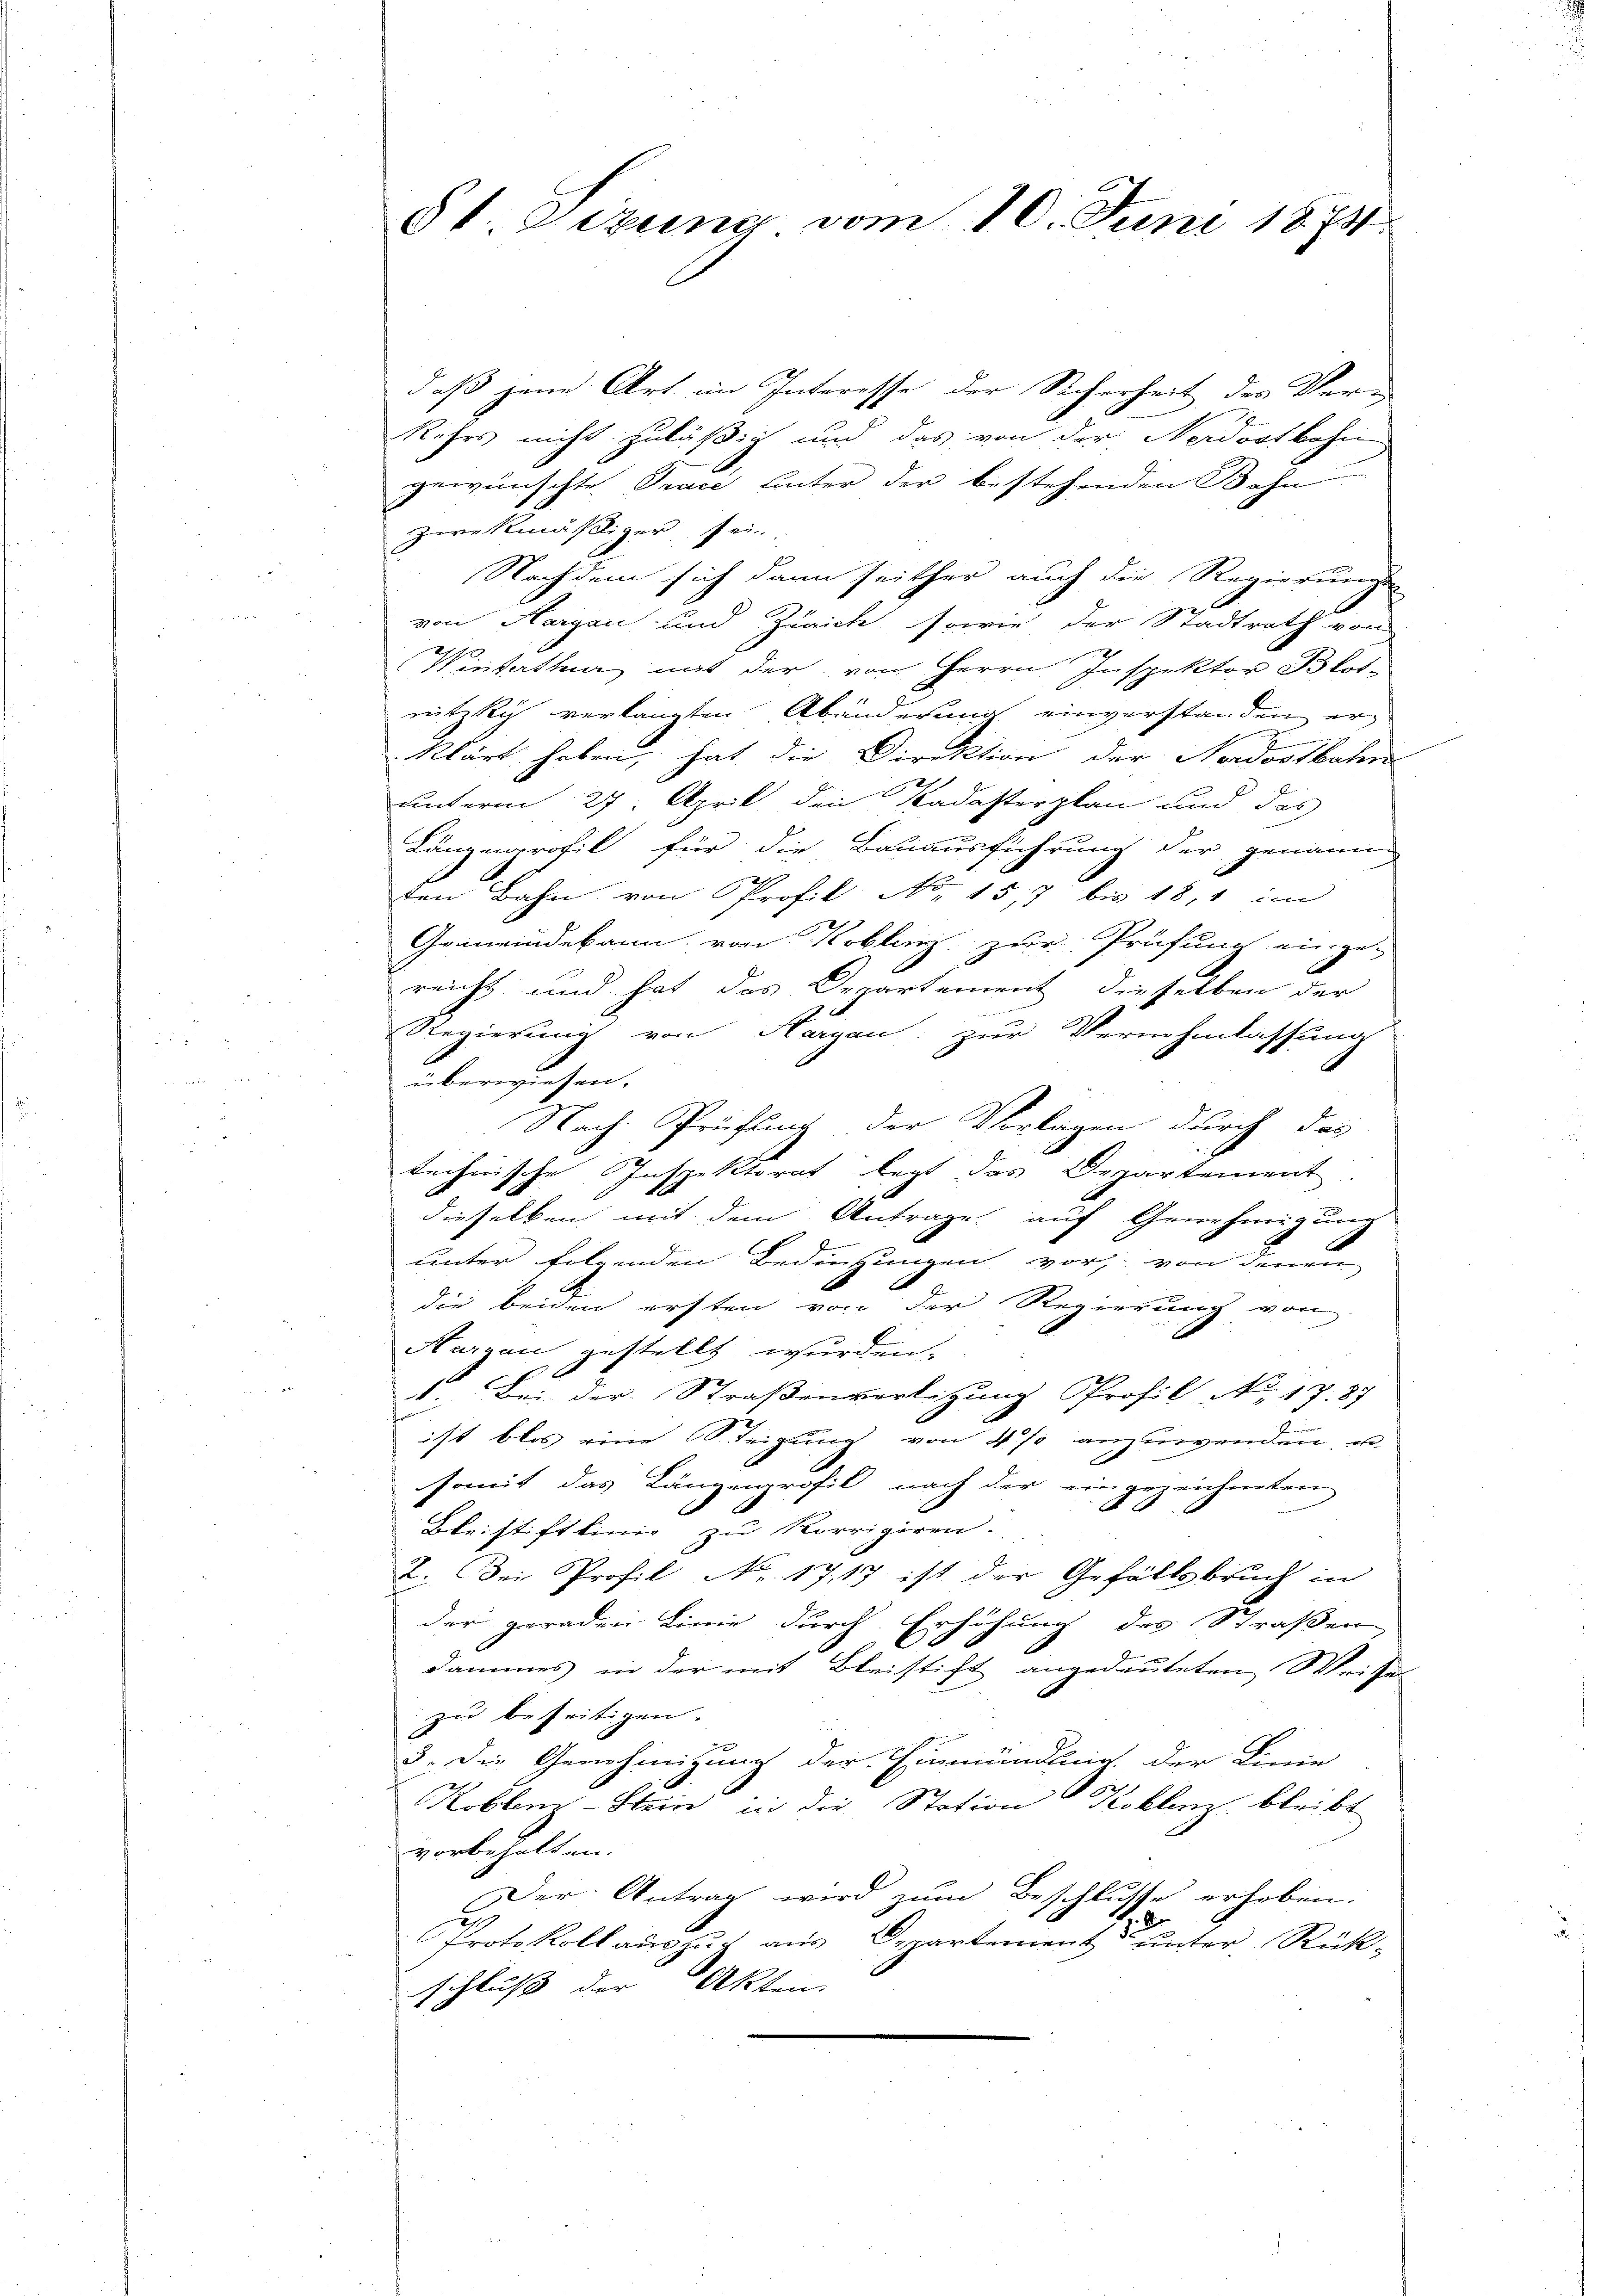
daß jene Art im Interesse der Sicherheit des Ver-
Rehrs nicht zuläßig und das von der Nordostbahn
gewünschte Trace hinter der bestehenden Bohn
zwekmäßiger sei.
Nachdem sich dann seither auch die Regierungs
von Hargau und Zürich, sowie der Stadtrath von
Wintetha mit der von Herrn Inspektor Blot-
nitzki verlangten Abänderung einverstanden erklärt haben, hat die Direktion der Nordostbahn
unterm 27. April den Kadasterplan und das
Länzenprofil für die Bauausführung der genann-
den Bahn von Profil No. 1517 bis 18, 1 im
Gemeindekann von Koblenz zur Prüfung eingereicht und hat das Departement dieselben der
Regierung von Hergau: zur Vernehmlassung
überwiesen.
Nach Prüffung der Vorlagen durch das
technische Inspektorat legt das Departement.
dieselben mit dem Antrage auf Genehmigung
unter folgenden Bedingungen vor, von denen
die beiden ersten von der Regierung von
.
Hargau gestellt wurden.
1. Bei der Straßenverletzung Profil No 17. 87
ist blos eine Steigung von 4 % anzuwenden, u
somit das Längenprofil nach der eingezeichneten
Bleistiftlinie zu korrigiren.
2. Bei Profil Nr. 1717 ist der Gefällsbruch in
der geraden Linie durch Erhöhung des Straßendammes in der mit Bleistift angedeuteten Weise
zu beseitigen.
3. Die Genehmigung der Einmündung der Linie
h
Kobler-Stein, in die Station Problenz bleibt
vorbehalten.
Der Antrag wird zum Beschlusse erhoben.
s. Ar
Protokoll auszug aus Departement unter Rück-
schluß der Akten

St. Gizung vom 10. Juni 1873.